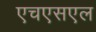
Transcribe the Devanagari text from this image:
एचएसएल